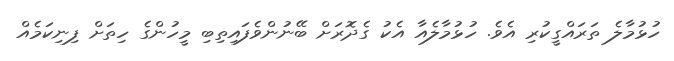
ހުޅުމާލެ ތަރައްގީކުރި އެވެ. ހުޅުމާލެއާ އެކު ގެދޮރަށް ބޭނުންވެފައިތިބި މީހުންގެ ހިތަށް ފިނިިކަމެއް